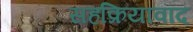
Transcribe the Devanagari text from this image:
सहक्रियावाद